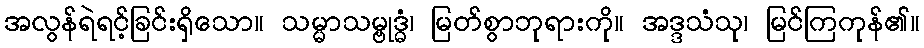
အလွန်ရဲရင့်ခြင်းရှိသော။ သမ္မာသမ္ဗုဒ္ဓံ၊ မြတ်စွာဘုရားကို။ အဒ္ဒသံသု၊ မြင်ကြကုန်၏။